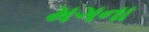
મગના